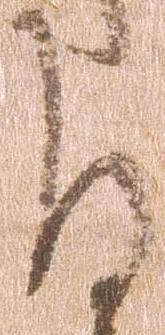
る